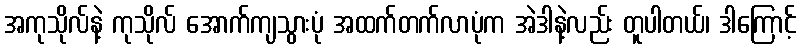
အကုသိုလ်နဲ့ ကုသိုလ် အောက်ကျသွားပုံ အထက်တက်လာပုံက အဲဒါနဲ့လည်း တူပါတယ်၊ ဒါကြောင့်